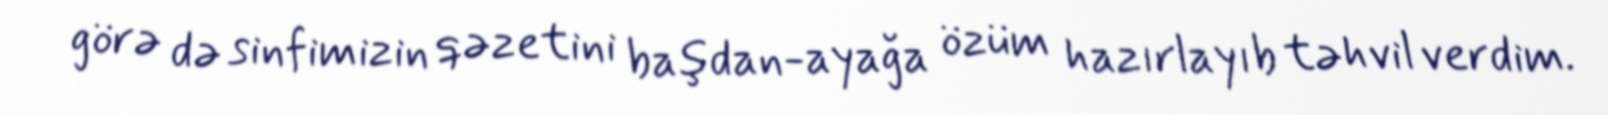
görə də sinfimizin qəzetini başdan-ayağa özüm hazırlayıb təhvil verdim.